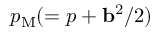
p _ { \mathrm { { M } } } ( = p + { \bf { b } } ^ { 2 } / 2 )